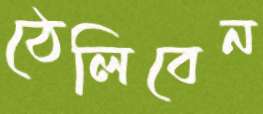
ঠেলিবেন